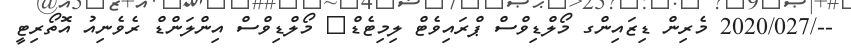
--/2020/027 މެރިން ޑިޒައިންގ މޯލްޑިވްސް ޕްރައިވެޓް ލިމިޓެޑް	 މޯލްޑިވްސް އިންލަންޑް ރެވެނިއު އޮތޯރިޓީ